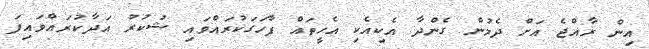
އިން ރާއްޖެ އަށް ދެމުން ގެންދާ އެކިއެކި އެހީތައް ފާހަގަކުރައްވައި ޝުކުރު އަދާކުރައްވައިފަ